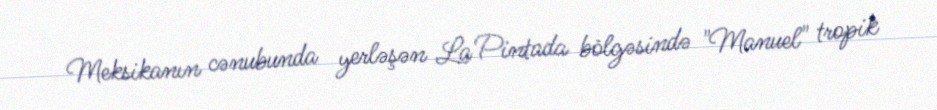
Meksikanın cənubunda yerləşən La Pintada bölgəsində "Manuel" tropik